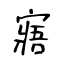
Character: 寤